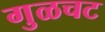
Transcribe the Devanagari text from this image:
गुळचट